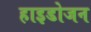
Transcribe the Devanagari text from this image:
हाइडोजन